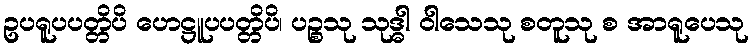
ဥပရူပပတ္တိပိ ဟေဋ္ဌူပပတ္တိပိ၊ ပဉ္စသု သုဒ္ဓါ ဝါသေသု စတူသု စ အာရူပေသု